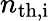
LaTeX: n_{\mathrm{th,i}}